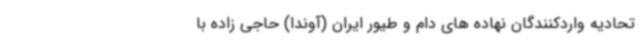
تحادیه واردکنندگان نهاده های دام و طیور ایران (آوندا) حاجی زاده با